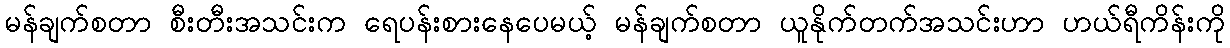
မန်ချက်စတာ စီးတီးအသင်းက ရေပန်းစားနေပေမယ့် မန်ချက်စတာ ယူနိုက်တက်အသင်းဟာ ဟယ်ရီကိန်းကို